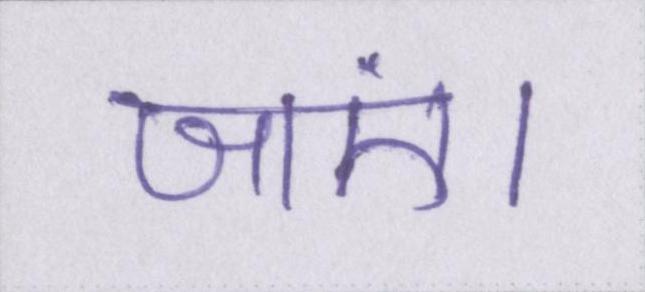
जाएं।